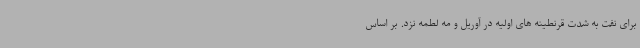
برای نفت به شدت قرنطینه های اولیه در آوریل و مه لطمه نزد. بر اساس